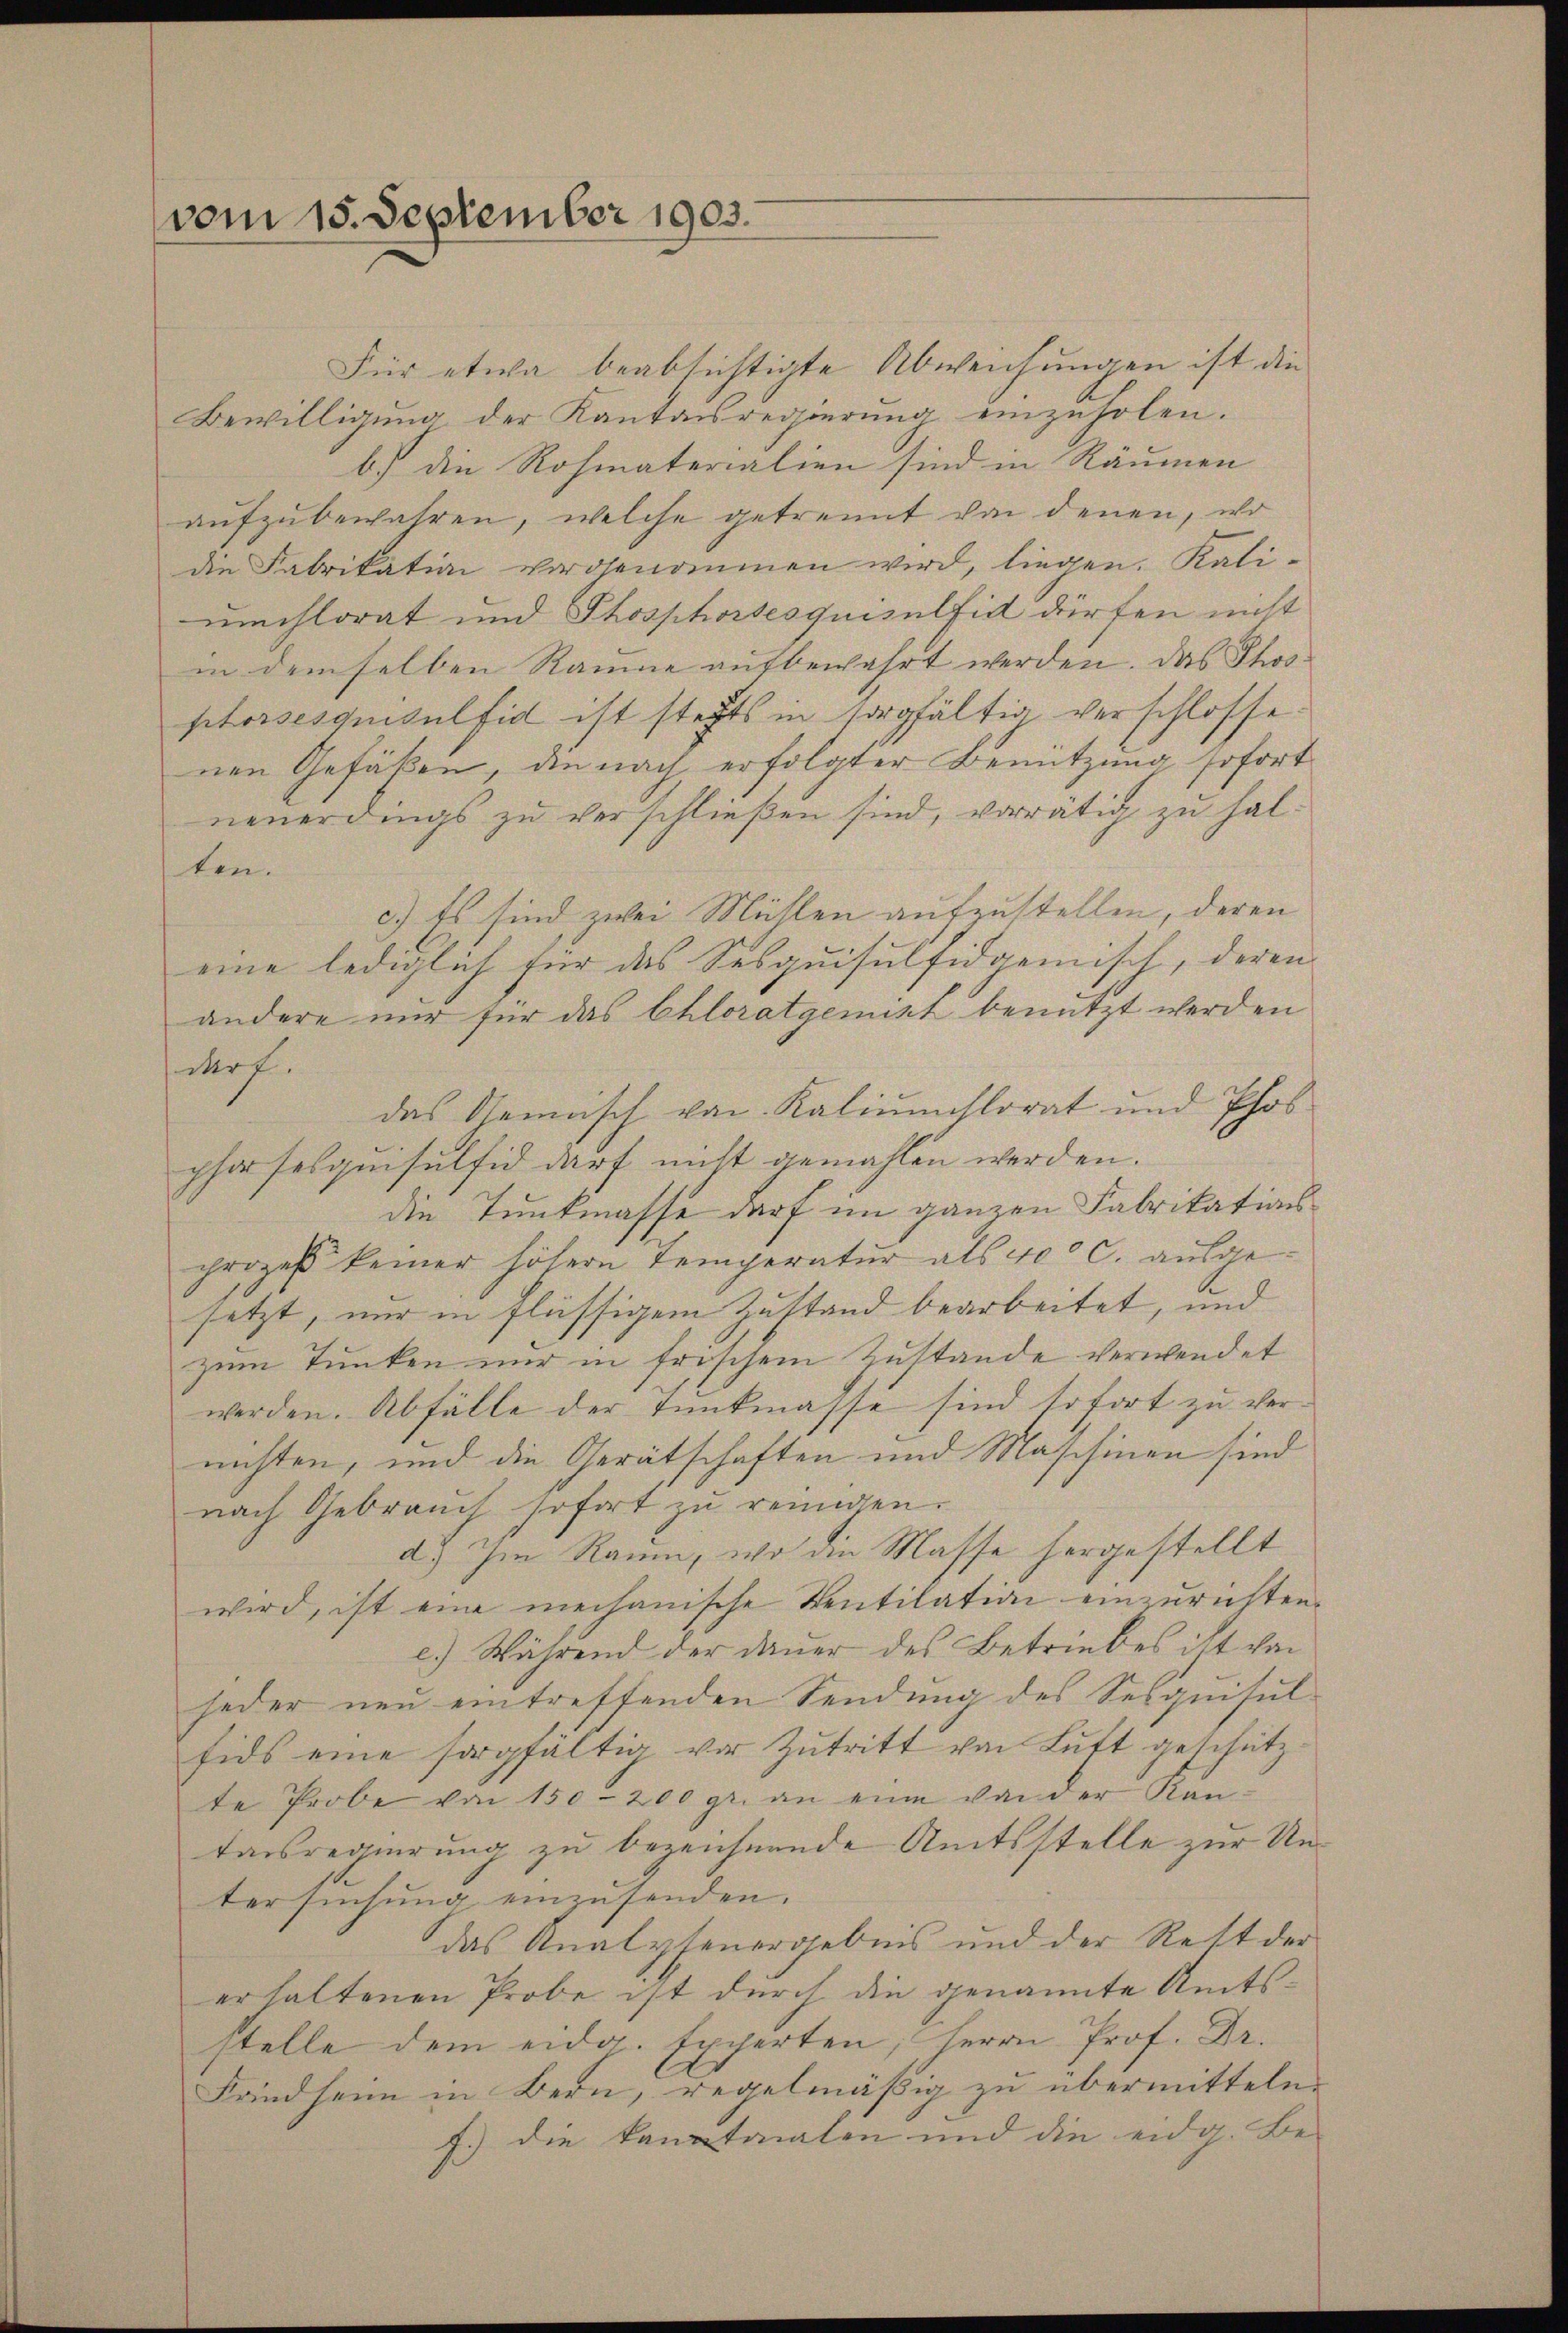
vom 15. September 1903.

Für etwa beabsichtigte Abweichungen ist die
Bewilligŭng der Kantonsregierŭng einzŭholen.
b.) die Rohmaterialien sind in Räumen
aufzubewahren, welche getrennt von denen, wo
die Fabrikation vorgenommen wird, liegen. Kaliumchlorat und Phosphorsesquisulfid dürfen nicht
in demselben Räume aufbewahrt werden. Das Phosptorsesquisulfid ist stehts in sorgfältig verschlosse
nen Gefäßen, die nach erfolgter Benutzung sofort
neuerdings zu verschließen sind, vorrätig zu halten.
c.) Es sind zwei Müllen aufzustellen, deren
eine lediglich für das Susquisulfidgemisch, deren
andere nur für das Chloratgement benutzt werden
darf.
das Gemisch von Kaliumflorat und Phos
phasesquisulfid darf nicht gemahlen werden.
die Tunkmasse darf im ganzen Fabrikations
prozeß keiner höhere Temperatur als 400 c. ausgesetzt, nur in flüssigem Zustand bearbeitet, und
zum Tunken nur in frischem Zustande verwendet
werden. Abfälle der Tunkmasse sind sofort zu vernichten, und die Gerätschaften und Maschinen sind
nach Gebrauch sofort zu reinigen.
d.) Im Raum, wo die Masse hergestellt
wird, ist eine mechanische Ventilation einzurichten.
c.) Während der Dauer des Betriebes ist von
jeder neu eintreffenden Sendung des Seequisul
fids eine sorgfältig vor Zutritt von Lŭtt geschütz-
te Probe von 150–200 gr. an eine von der Kantassregierung zu bezeichnende Amtsstelle zur Untersuchung einzusenden.
das Analysenergebnis und der Rett der
erhaltenen Probe ist durch die genannte Amtsstelle dem eidg. Excerten, Herrn Prof. Dr.
Frindheim in Bern, regelmäßig zu übermitteln.
f.) die kantonalen und die eidg. Be-